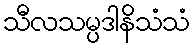
သီလသမ္ပဒါနိသံသံ